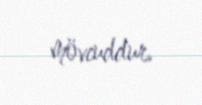
mövcuddur.